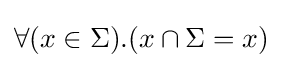
\forall (x\in \Sigma ).(x\cap \Sigma =x)